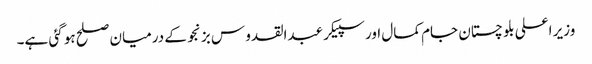
وزیر اعلی بلو چستان جام کمال اور سپیکر عبدالقدو س بزنجو کے درمیان صلح ہو گئی ہے۔